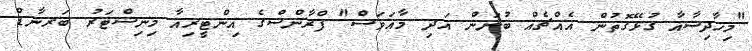
"މިހާދިސާއާ ގުޅޭގޮތުން އެއްޗެއް ބުނަން އަދި މާއަވަސް" ފްރާންސްގެ އިންޓީރިއާ މިނިސްޓަރު ބަރނާޑް